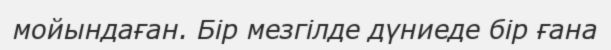
мойындаған. Бір мезгілде дүниеде бір ғана